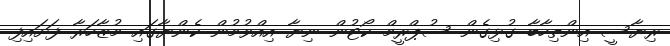
ރިޔާސީ އިންތިހާބާ ގުޅިގެން ސުޕްރީމް ކޯޓުން ނިޔާ އިއްވުމުން ކެންޔާގައި މުޒާހަރާ ފަށައިފި